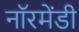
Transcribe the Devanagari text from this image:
नॉरमेंडी